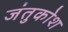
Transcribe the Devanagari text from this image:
जंतुकोश